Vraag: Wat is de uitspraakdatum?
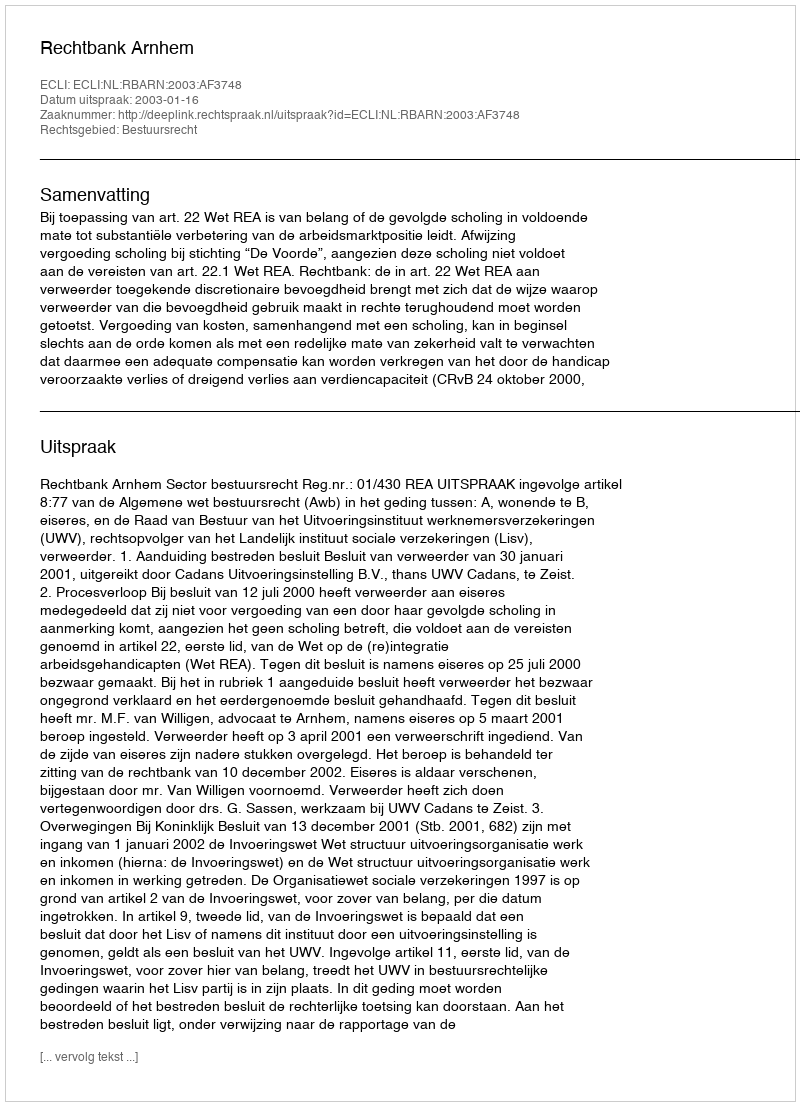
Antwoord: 2003-01-16